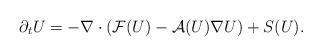
LaTeX: \begin{align*}\partial_t U = - \nabla\cdot( \mathcal{F}(U) - \mathcal{A}(U)\nabla U) + S(U).\end{align*}